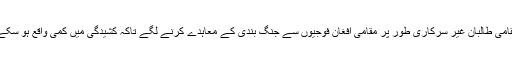
مقامی طالبان غیر سرکاری طور پر مقامی افغان فوجیوں سے جنگ بندی کے معاہدے کرنے لگے تاکہ کشیدگی میں کمی واقع ہو سکے۔